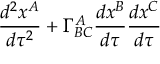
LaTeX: \frac { d ^ { 2 } x ^ { A } } { d \tau ^ { 2 } } + \Gamma _ { B C } ^ { A } \frac { d x ^ { B } } { d \tau } \frac { d x ^ { C } } { d \tau }